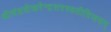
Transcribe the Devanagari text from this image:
श्रीचंद्रशेखरेन्द्रसरस्वतीविजयम्